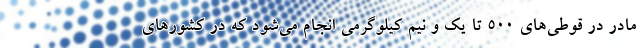
مادر در قوطی‌های ۵۰۰ تا یک و نیم کیلوگرمی انجام می‌شود که در کشورهای